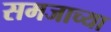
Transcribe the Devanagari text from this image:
समजाच्या